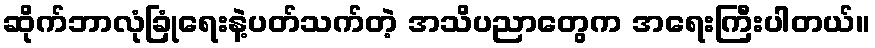
ဆိုက်ဘာလုံခြုံရေးနဲ့ပတ်သက်တဲ့ အသိပညာတွေက အရေးကြီးပါတယ်။